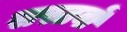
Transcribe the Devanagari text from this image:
सस्तवों